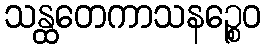
သန္ထတေကာသနဉ္စေဝ